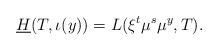
LaTeX: \begin{align*}{\underline H}(T,\iota(y))=L(\xi^t\mu^s\mu^y,T).\end{align*}